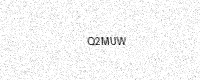
Text: Q2MUW